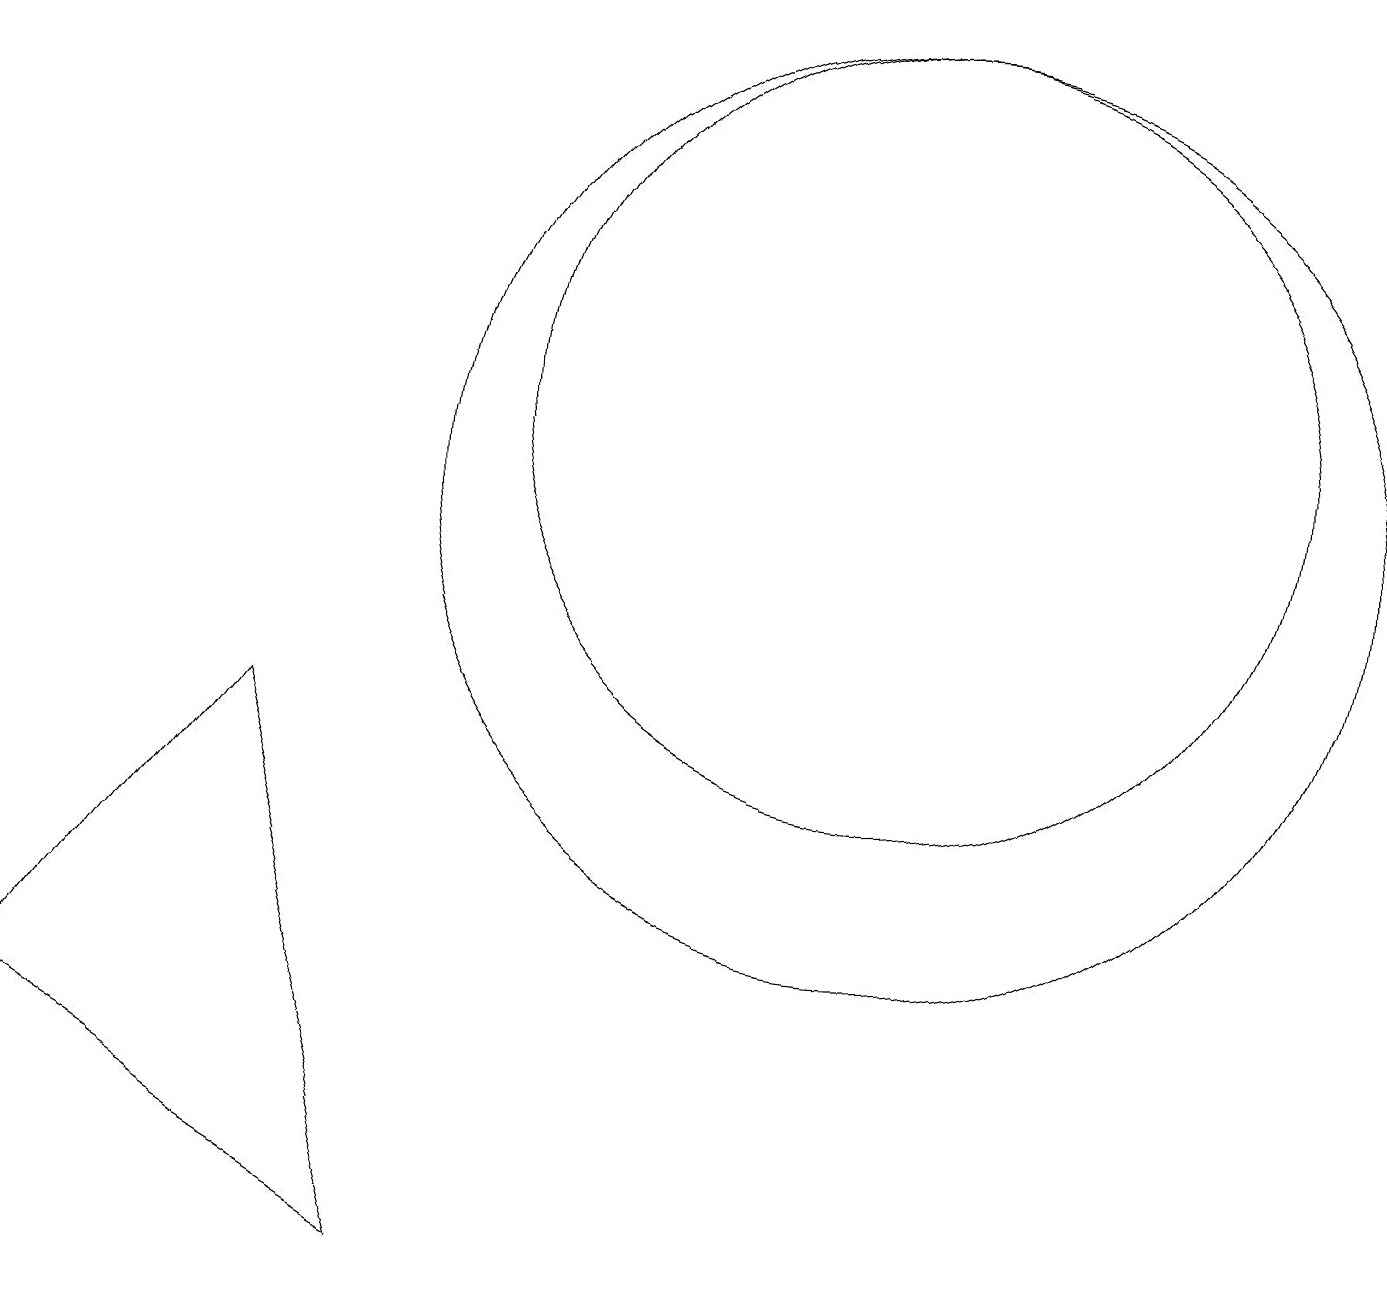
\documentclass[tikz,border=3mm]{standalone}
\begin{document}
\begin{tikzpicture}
\draw (11,11) circle (5);
\draw (0,3) -- (5,0) -- (3,7) -- cycle;
\draw (11,10) circle (6);
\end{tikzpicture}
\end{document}